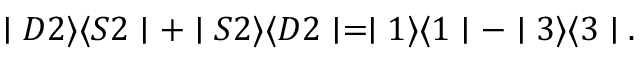
\mid D 2 \rangle \langle S 2 \mid + \mid S 2 \rangle \langle D 2 \mid = \mid 1 \rangle \langle 1 \mid - \mid 3 \rangle \langle 3 \mid .